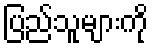
ပြည်သူများကို